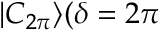
| C _ { 2 \pi } \rangle ( \delta = 2 \pi